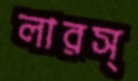
লারস্